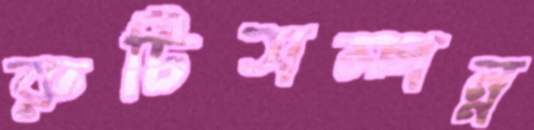
রুচিসম্পন্ন